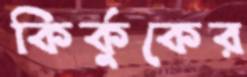
কির্কুকের